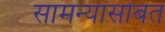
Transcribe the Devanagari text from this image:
सामन्यांसोबत